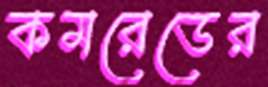
কমরেডের